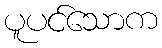
ပူပင်သောက